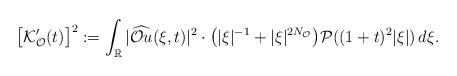
LaTeX: \begin{align*}\big[\mathcal{K}'_{\mathcal{O}}(t)\big]^2:=\int_{\mathbb{R}}|\widehat{\mathcal{O}u}(\xi,t)|^2\cdot \big(|\xi|^{-1}+|\xi|^{2N_{\mathcal{O}}}\big)\mathcal{P}((1+t)^2|\xi|)\,d\xi.\end{align*}